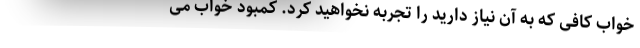
خواب کافی که به آن نیاز دارید را تجربه نخواهید کرد. کمبود خواب می